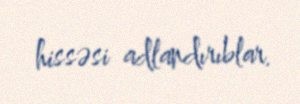
hissəsi adlandırıblar.